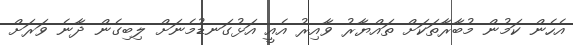
އެހެން ކަމުން މުބާރާތަކަށް ތައްޔާރު ވާއިރު އެއީ އަޅުގަނޑުމެނަށް ލިބިގެން ދާނެ ވަރަށް